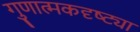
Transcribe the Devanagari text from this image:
गुणात्मकदृष्ट्या